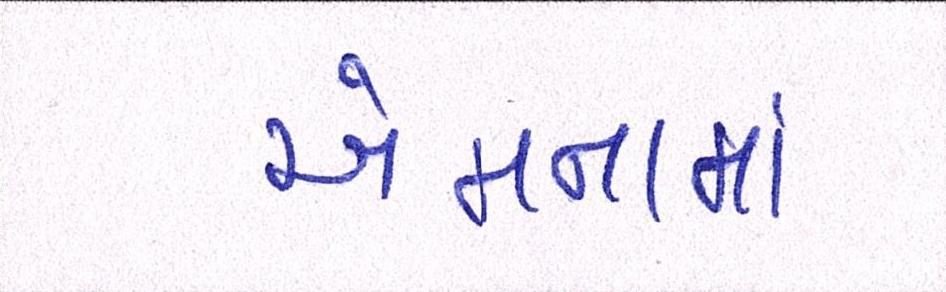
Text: એમનામાં